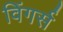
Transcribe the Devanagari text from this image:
विंगर्स